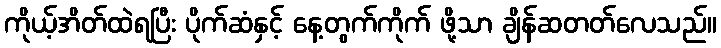
ကိုယ့်အိတ်ထဲရပြီး ပိုက်ဆံနှင့် နေ့တွက်ကိုက် ဖို့သာ ချိန်ဆတတ်လေသည်။